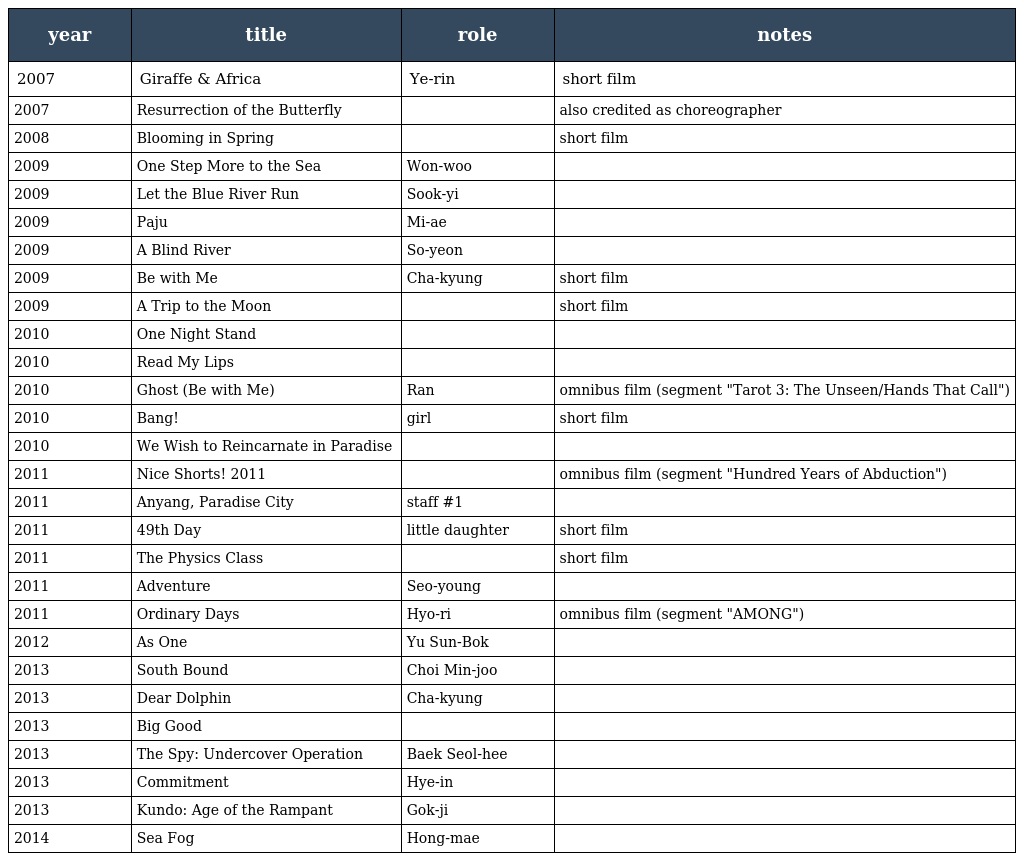
| year | title | role | notes |
 | --- | --- | --- | --- |
 | 2007 | Giraffe & Africa | Ye-rin | short film |
 | 2007 | Resurrection of the Butterfly | 어린 관기 | also credited as choreographer |
 | 2008 | Blooming in Spring |  | short film |
 | 2009 | One Step More to the Sea | Won-woo |  |
 | 2009 | Let the Blue River Run | Sook-yi |  |
 | 2009 | Paju | Mi-ae |  |
 | 2009 | A Blind River | So-yeon |  |
 | 2009 | Be with Me | Cha-kyung | short film |
 | 2009 | A Trip to the Moon |  | short film |
 | 2010 | One Night Stand |  |  |
 | 2010 | Read My Lips |  |  |
 | 2010 | Ghost (Be with Me) | Ran | omnibus film (segment "Tarot 3: The Unseen/Hands That Call") |
 | 2010 | Bang! | girl | short film |
 | 2010 | We Wish to Reincarnate in Paradise |  |  |
 | 2011 | Nice Shorts! 2011 |  | omnibus film (segment "Hundred Years of Abduction") |
 | 2011 | Anyang, Paradise City | staff #1 |  |
 | 2011 | 49th Day | little daughter | short film |
 | 2011 | The Physics Class |  | short film |
 | 2011 | Adventure | Seo-young |  |
 | 2011 | Ordinary Days | Hyo-ri | omnibus film (segment "AMONG") |
 | 2012 | As One | Yu Sun-Bok |  |
 | 2013 | South Bound | Choi Min-joo |  |
 | 2013 | Dear Dolphin | Cha-kyung |  |
 | 2013 | Big Good |  |  |
 | 2013 | The Spy: Undercover Operation | Baek Seol-hee |  |
 | 2013 | Commitment | Hye-in |  |
 | 2013 | Kundo: Age of the Rampant | Gok-ji |  |
 | 2014 | Sea Fog | Hong-mae |  |